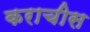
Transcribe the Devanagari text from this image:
कराचीस